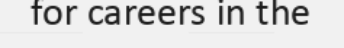
for careers in the